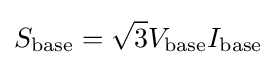
S_{\text{base}}={\sqrt {3}}V_{\text{base}}I_{\text{base}}